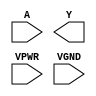
module sky130_fd_sc_hs__clkdlyinv3sd2 (
    //# {{data|Data Signals}}
    input  A   ,
    output Y   ,

    //# {{power|Power}}
    input  VPWR,
    input  VGND
);
endmodule